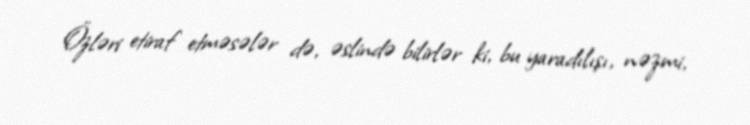
Özləri etiraf etməsələr də, əslində bilirlər ki, bu yaradılışı, nəzmi,